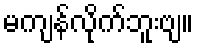
မကျန်လိုက်ဘူးဗျ။